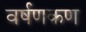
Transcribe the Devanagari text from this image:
वर्षणकण